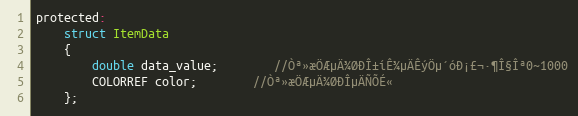
Language: C
protected:
	struct ItemData
	{
		double data_value;		//Òª»æÖÆµÄ¾ØÐÎ±íÊ¾µÄÊýÖµ´óÐ¡£¬·¶Î§Îª0~1000
		COLORREF color;		//Òª»æÖÆµÄ¾ØÐÎµÄÑÕÉ«
	};